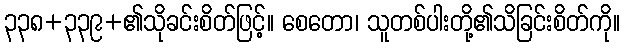
၃၃၈+၃၃၉+၏သိုခင်းစိတ်ဖြင့်။ စေတော၊ သူတစ်ပါးတို့၏သိခြင်းစိတ်ကို။